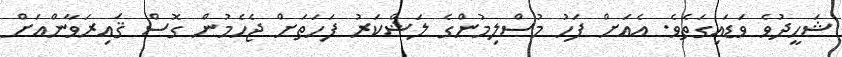
ޝަހީދުވެ ވަޑައިގަތެވެ. އެއަށް ފަހު މުސްލިމުންގެ ލަޝްކަރު ފަހަތަށް ޖެހެމުން ގޮސް ޤައިރަވާންއަށް